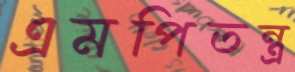
এমপিতন্ত্র